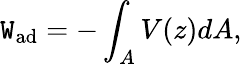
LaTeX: \mathtt{W}_{\mathrm{{ad}}}=-\int_{A}V(z)dA,